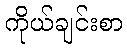
ကိုယ်ချင်းစာ